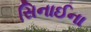
સિનાઈના